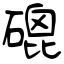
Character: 磇